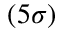
( 5 \sigma )